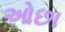
ઓછા